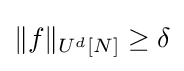
\Vert f\Vert _{U^{d}[N]}\geq \delta